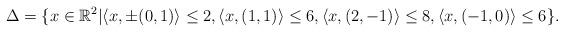
LaTeX: \begin{align*} \Delta =\{x\in\mathbb{R}^2|&\langle x,\pm(0,1)\rangle\leq2,\langle x,(1,1)\rangle\leq6,\langle x,(2,-1)\rangle\leq8, \langle x,(-1,0)\rangle\leq6\}.\end{align*}